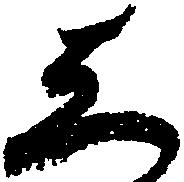
し